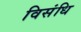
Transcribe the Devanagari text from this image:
विसंधि